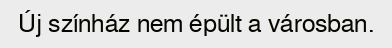
Új színház nem épült a városban.